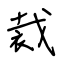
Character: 裁